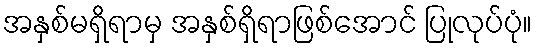
အနှစ်မရှိရာမှ အနှစ်ရှိရာဖြစ်အောင် ပြုလုပ်ပုံ။